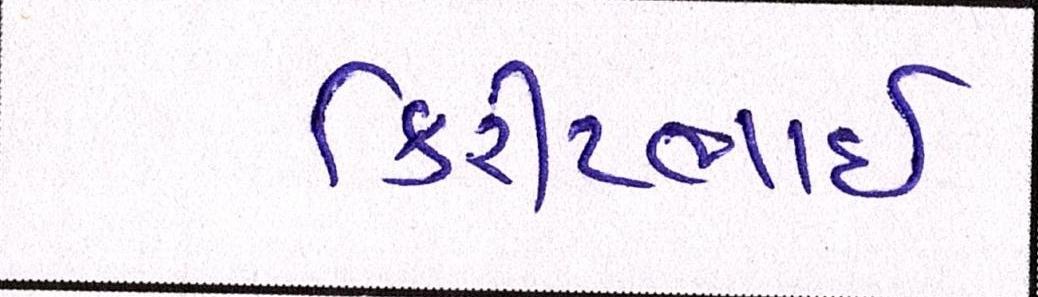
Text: કિરીટભાઈ